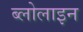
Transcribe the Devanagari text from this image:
ब्लोलाइन